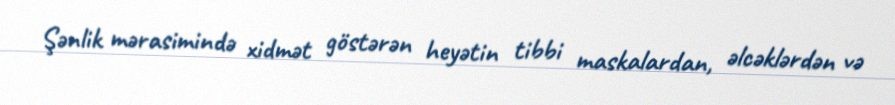
Şənlik mərasimində xidmət göstərən heyətin tibbi maskalardan, əlcəklərdən və